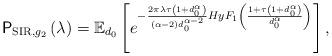
LaTeX: \begin{align*}\mathsf{P}_{\mathrm{SIR},g_{2}}\left(\lambda\right)=\mathbb{E}_{d_{0}}\left[e^{-\frac{2\pi\lambda\tau\left(1+d_{0}^{\alpha}\right)}{\left(\alpha-2\right)d_{0}^{\alpha-2}}HyF_{1}\left(\frac{1+\tau\left(1+d_{0}^{\alpha}\right)}{d_{0}^{\alpha}}\right)}\right],\end{align*}